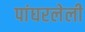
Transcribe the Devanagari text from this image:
पांघरलेली